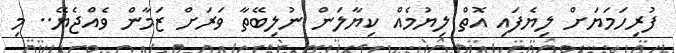
ފުރިހަމަޔަށް ލިޔެފައި އޮތް ލިޔުމެއް ކިޔާލަން ނުލިބޭތާ ވަރަށް ޒަމާން ވެއްޖެޔޭ.. މި